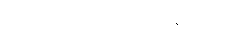
အဘယ်သို့ ရွတ်သနည်း။)